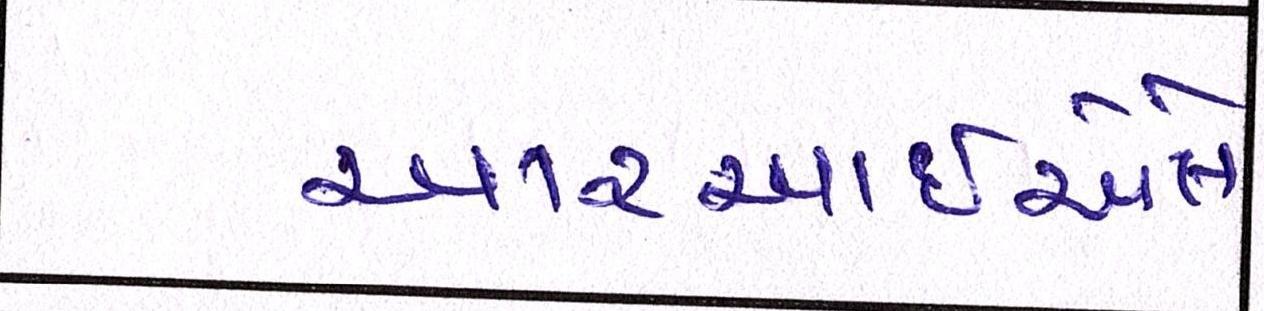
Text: આરઆઇએલે